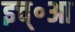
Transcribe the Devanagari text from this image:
इच्॰आ